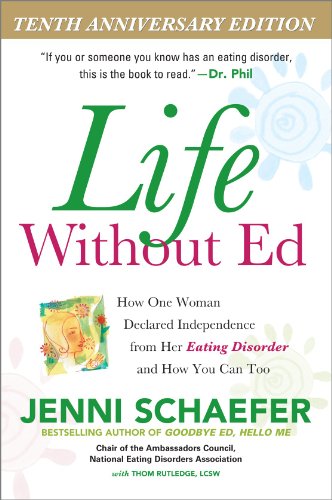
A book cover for Life Without Ed: How One Woman Declared Independence from Her Eating Disorder and How You Can Too; Jenni Schaefer; Self-Help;